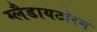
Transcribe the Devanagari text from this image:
ग्लैडायटोरम